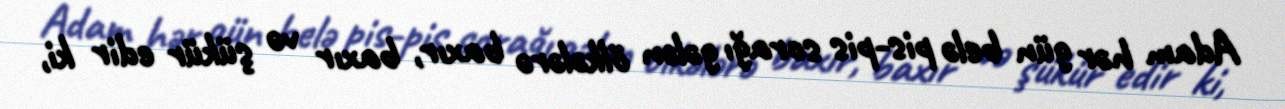
Adam hər gün belə pis-pis sorağı gələn ölkələrə baxır, baxır və şükür edir ki,